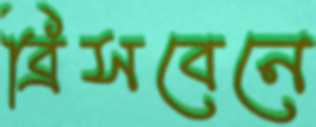
ব্রিসবেনে